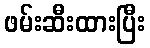
ဖမ်းဆီးထားပြီး